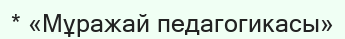
* «Мұражай педагогикасы»